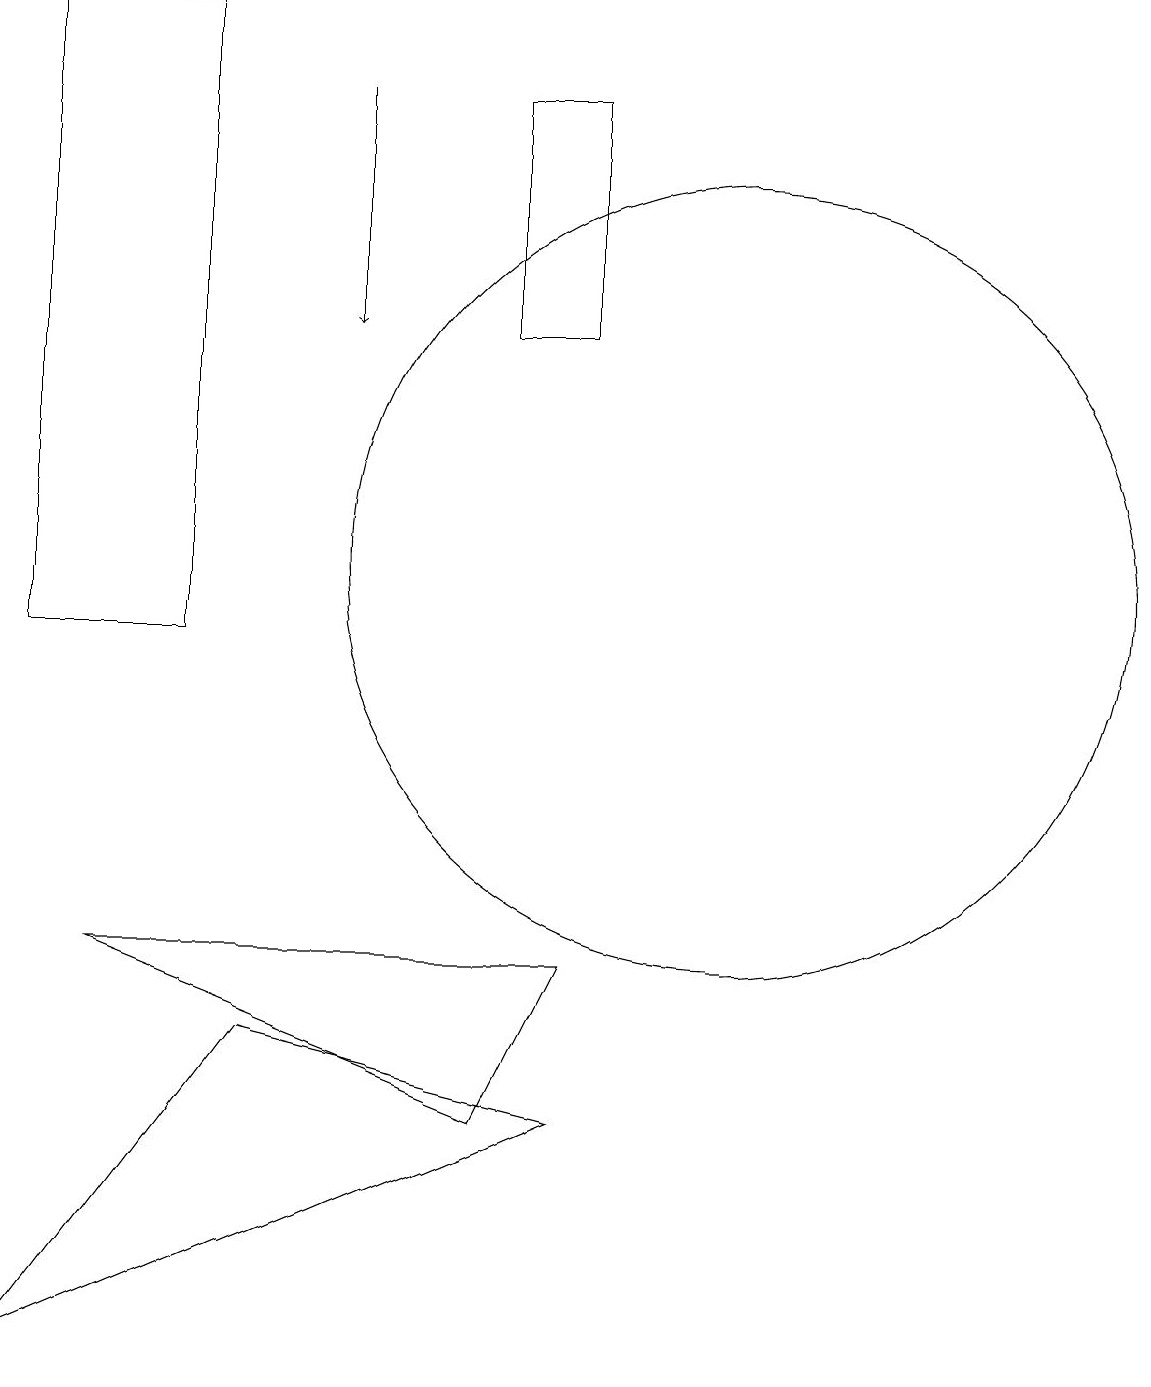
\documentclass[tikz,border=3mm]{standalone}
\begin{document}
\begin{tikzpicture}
\draw (10,11) circle (5);
\draw (4,5) -- (1,1) -- (8,4) -- cycle;
\draw (3,10) rectangle (1,18);
\draw[->] (5,17) -- (5,14);
\draw (8,6) -- (2,6) -- (7,4) -- cycle;
\draw (7,14) rectangle (8,17);
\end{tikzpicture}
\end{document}